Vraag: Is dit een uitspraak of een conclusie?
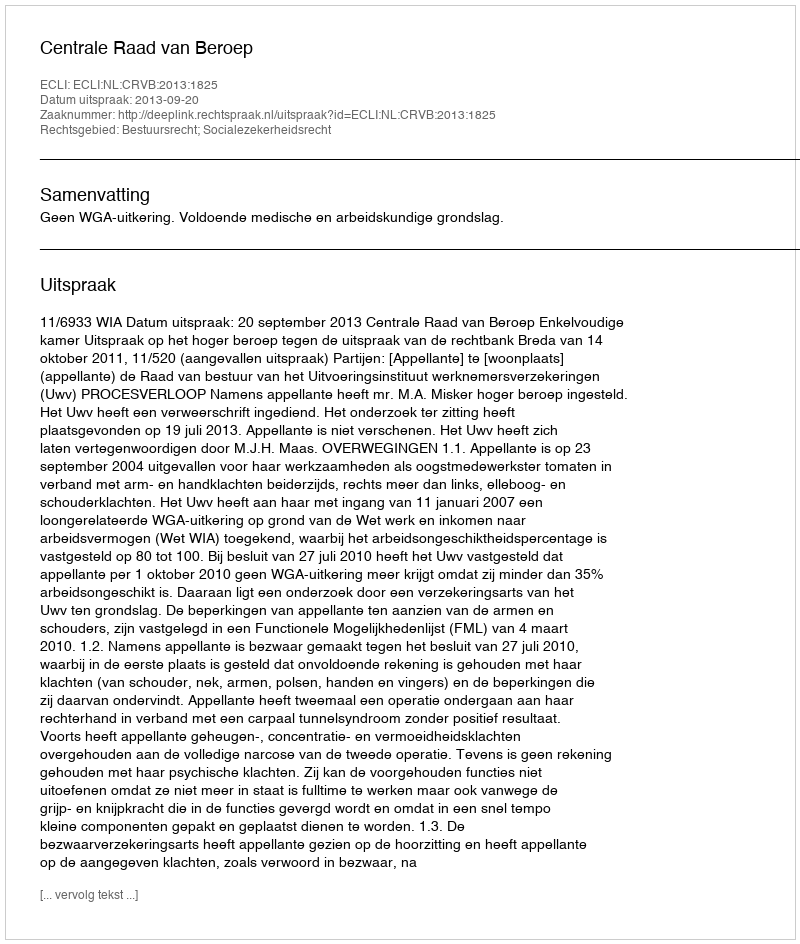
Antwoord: Uitspraak